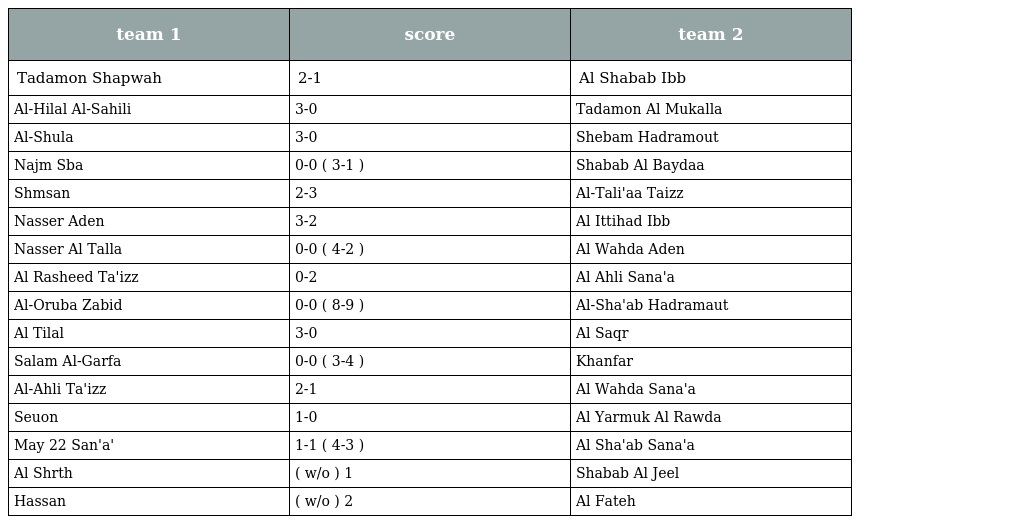
| team 1 | score | team 2 |
 | --- | --- | --- |
 | Tadamon Shapwah | 2-1 | Al Shabab Ibb |
 | Al-Hilal Al-Sahili | 3-0 | Tadamon Al Mukalla |
 | Al-Shula | 3-0 | Shebam Hadramout |
 | Najm Sba | 0-0 ( 3-1 ) | Shabab Al Baydaa |
 | Shmsan | 2-3 | Al-Tali'aa Taizz |
 | Nasser Aden | 3-2 | Al Ittihad Ibb |
 | Nasser Al Talla | 0-0 ( 4-2 ) | Al Wahda Aden |
 | Al Rasheed Ta'izz | 0-2 | Al Ahli Sana'a |
 | Al-Oruba Zabid | 0-0 ( 8-9 ) | Al-Sha'ab Hadramaut |
 | Al Tilal | 3-0 | Al Saqr |
 | Salam Al-Garfa | 0-0 ( 3-4 ) | Khanfar |
 | Al-Ahli Ta'izz | 2-1 | Al Wahda Sana'a |
 | Seuon | 1-0 | Al Yarmuk Al Rawda |
 | May 22 San'a' | 1-1 ( 4-3 ) | Al Sha'ab Sana'a |
 | Al Shrth | ( w/o ) 1 | Shabab Al Jeel |
 | Hassan | ( w/o ) 2 | Al Fateh |